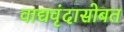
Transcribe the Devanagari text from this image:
वाद्यवृंदासोबत